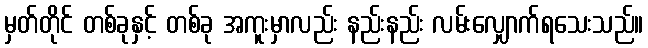
မှတ်တိုင် တစ်ခုနှင့် တစ်ခု အကူးမှာလည်း နည်းနည်း လမ်းလျှောက်ရသေးသည်။